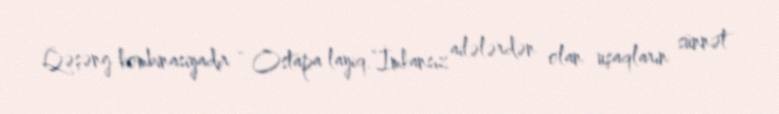
Qəşəng kombinasiyadır - Ostapa layiq.“İmkansız ailələrdən olan uşaqların sünnət